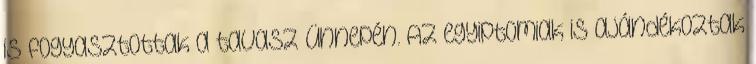
is fogyasztottak a tavasz ünnepén. Az egyiptomiak is ajándékoztak